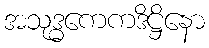
အသုဒ္ဓကေကဒိဋ္ဌိနော